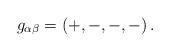
\begin{align*}g _{\alpha \beta}=\left( +,-,-,- \right).\end{align*}